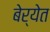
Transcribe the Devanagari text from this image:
बेर्येत